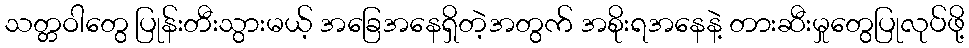
သတ္တဝါတွေ ပြုန်းတီးသွားမယ့် အခြေအနေရှိတဲ့အတွက် အစိုးရအနေနဲ့ တားဆီးမှုတွေပြုလုပ်ဖို့